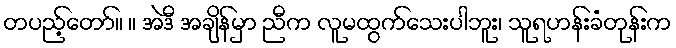
တပည့်တော်။ ။ အဲဒီ အချိန်မှာ ညီက လူမထွက်သေးပါဘူး၊ သူရဟန်းခံတုန်းက